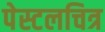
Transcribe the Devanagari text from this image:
पेस्टलचित्र